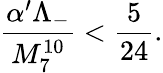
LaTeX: \frac{\alpha^{\prime}\Lambda_{-}}{M_{7}^{10}}<\frac{5}{24}.